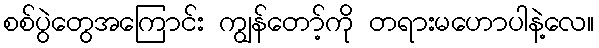
စစ်ပွဲတွေအကြောင်း ကျွန်တော့်ကို တရားမဟောပါနဲ့လေ။